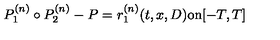
P _ { 1 } ^ { ( n ) } \circ P _ { 2 } ^ { ( n ) } - P = r _ { 1 } ^ { ( n ) } ( t , x , D ) \mathrm { o n } [ - T , T ]